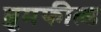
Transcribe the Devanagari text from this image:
ब्रूमफील्ड